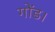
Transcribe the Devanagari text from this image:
गोंड।